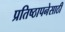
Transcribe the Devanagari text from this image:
प्रतिष्ठापनेसाठी